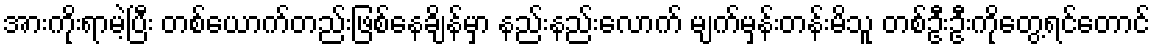
အားကိုးရာမဲ့ပြီး တစ်ယောက်တည်းဖြစ်နေချိန်မှာ နည်းနည်းလောက် မျက်မှန်းတန်းမိသူ တစ်ဦးဦးကိုတွေ့ရင်တောင်